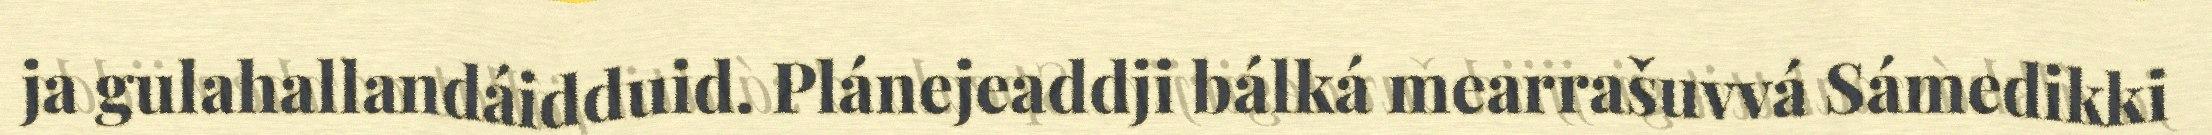
ja gulahallandáidduid. Plánejeaddji bálká mearrašuvvá Sámedikki